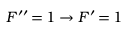
F ^ { \prime \prime } \, { = } \, 1 \rightarrow F ^ { \prime } \, { = } \, 1